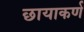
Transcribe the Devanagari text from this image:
छायाकर्ण